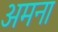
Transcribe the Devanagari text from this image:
अमना